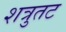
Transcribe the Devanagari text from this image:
शत्रुतट